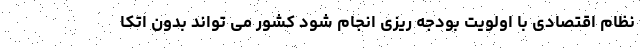
نظام اقتصادی با اولویت بودجه ریزی انجام شود کشور می تواند بدون اتکا